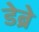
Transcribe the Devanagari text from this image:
डेब्रे